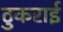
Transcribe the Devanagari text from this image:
ठुकराई